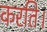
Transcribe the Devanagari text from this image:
करति।